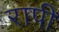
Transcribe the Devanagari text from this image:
रापी